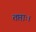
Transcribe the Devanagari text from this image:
तप्ताः।